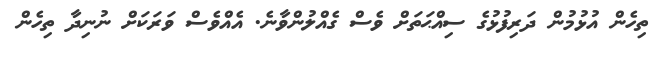
ތިހެން އުޅުމުން ދަރިފުޅުގެ ސިއްޙަތަށް ވެސް ގެއްލުންވާނެ. އެއްވެސް ވަރަކަށް ނުނިދާ ތިހެން